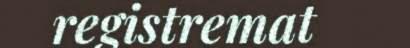
registremat